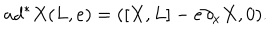
LaTeX: a d ^ { * } X ( L , e ) = ( \left[ X , L \right] - e \partial _ { x } X , 0 ) .